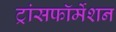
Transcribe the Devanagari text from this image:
ट्रांसफॉर्मेशन